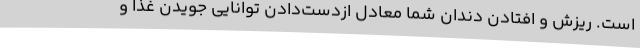
است. ریزش و افتادن دندان شما معادل ازدست‌دادن توانایی جویدن غذا و